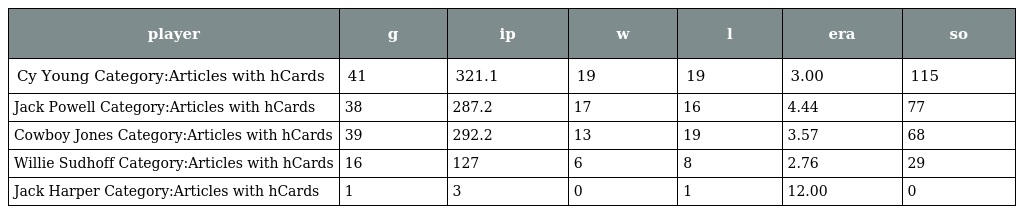
| player | g | ip | w | l | era | so |
 | --- | --- | --- | --- | --- | --- | --- |
 | Cy Young Category:Articles with hCards | 41 | 321.1 | 19 | 19 | 3.00 | 115 |
 | Jack Powell Category:Articles with hCards | 38 | 287.2 | 17 | 16 | 4.44 | 77 |
 | Cowboy Jones Category:Articles with hCards | 39 | 292.2 | 13 | 19 | 3.57 | 68 |
 | Willie Sudhoff Category:Articles with hCards | 16 | 127 | 6 | 8 | 2.76 | 29 |
 | Jack Harper Category:Articles with hCards | 1 | 3 | 0 | 1 | 12.00 | 0 |